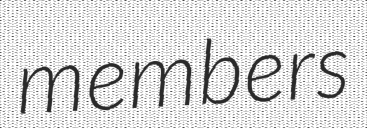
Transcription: members